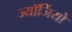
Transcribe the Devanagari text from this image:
ज्यॉर्जियो